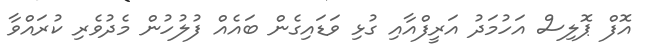
އޮފް ޕޮލިސް އަހުމަދު އަރީފްއާއި ގުޅި ވަޑައިގެން ބައެއް ފުލުހުން މެދުވެރި ކުރައްވާ